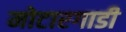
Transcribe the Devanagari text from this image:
मोटारगाडी